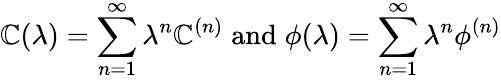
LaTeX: \mathbb{C}(\lambda)=\sum_{n=1}^{\infty}\lambda^{n}\mathbb{C}^{(n)}\; \mathrm{{and}}\; \phi(\lambda)=\sum_{n=1}^{\infty}\lambda^{n}\phi^{(n)}